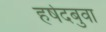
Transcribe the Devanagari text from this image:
हर्षदबुवा